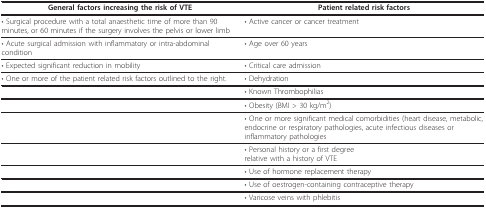
<table><thead><tr><td><b>General factors increasing the risk of VTE</b></td><td><b>Patient related risk factors</b></td></tr></thead><tbody><tr><td>• Surgical procedure with a total anaesthetic time of more than 90 minutes, or 60 minutes if the surgery involves the pelvis or lower limb</td><td>• Active cancer or cancer treatment</td></tr><tr><td>• Acute surgical admission with inflammatory or intra-abdominal condition</td><td>• Age over 60 years</td></tr><tr><td>• Expected significant reduction in mobility</td><td>• Critical care admission</td></tr><tr><td>• One or more of the patient related risk factors outlined to the right.</td><td>• Dehydration</td></tr><tr><td></td><td>• Known Thrombophilias</td></tr><tr><td></td><td>• Obesity (BMI &gt; 30 kg/m<sup>2</sup>)</td></tr><tr><td></td><td>• One or more significant medical comorbidities (heart disease, metabolic, endocrine or respiratory pathologies, acute infectious diseases or inflammatory pathologies</td></tr><tr><td></td><td>• Personal history or a first degreerelative with a history of VTE</td></tr><tr><td></td><td>• Use of hormone replacement therapy</td></tr><tr><td></td><td>• Use of oestrogen-containing contraceptive therapy</td></tr><tr><td></td><td>• Varicose veins with phlebitis</td></tr></tbody></table>